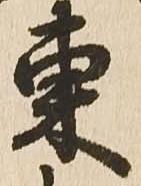
東